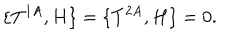
LaTeX: \{ T ^ { 1 A } , H \} = \{ T ^ { 2 A } , H \} = 0 .